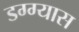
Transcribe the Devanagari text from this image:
डग्ग्यास